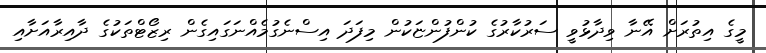
މީގެ އިތުރަށް އޭނާ ވިދާޅުވީ ސަރުކާރުގެ ކުންފުންޏަކުން މިފަދަ އިސްނެގުމެއްނަގައިގެން ރިޒޯޓްތަކުގެ ދާއިރާއަށާއި